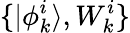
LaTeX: \{ |\phi_{k}^{i}\rangle,W_{k}^{i}\}